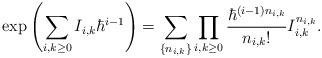
LaTeX: \begin{align*} \exp\left(\sum_{i, k \geq 0} I_{i, k} \hbar^{i - 1}\right) = \sum_{\{n_{i, k}\}} \prod_{i, k \geq 0} \frac{\hbar^{(i - 1)n_{i, k}}}{n_{i, k}!} I_{i, k}^{n_{i, k}}.\end{align*}